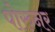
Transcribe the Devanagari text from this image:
पोरुनर